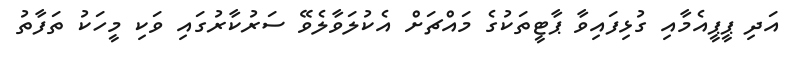
އަދި ޕީޕީއެމާއި ގުޅިފައިވާ ޕާޓީތަކުގެ މައްޗަށް އެކުލަވާލެވޭ ސަރުކާރުގައި ވަކި މީހަކު ތަފާތު